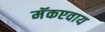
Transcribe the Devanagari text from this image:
मॅकएवाय